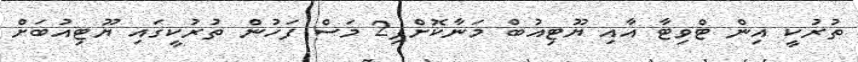
ތުރުކީ އިން ޓްވިޓާ އާއި ޔޫޓިއުބް މަނާކޮށްފި2 މަސް ފަހުން ތުރުކީގައި ޔޫޓިއުބަށް